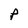
Character: P